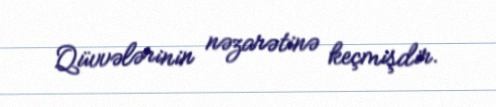
Qüvvələrinin nəzarətinə keçmişdir.